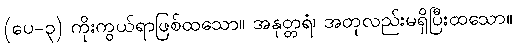
(ပေ-၃) ကိုးကွယ်ရာဖြစ်ထသော။ အနုတ္တရံ၊ အတုလည်းမရှိပြီးထသော။